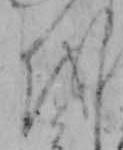
を